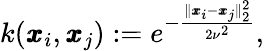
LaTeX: k(\pmb{x}_{i},\pmb{x}_{j}):=e^{-\frac{\| \pmb{x}_{i}-\pmb{x}_{j}\| _{2}^{2}}{2\nu^{2}}},